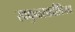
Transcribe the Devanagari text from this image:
स्वकुळसाळीविजय